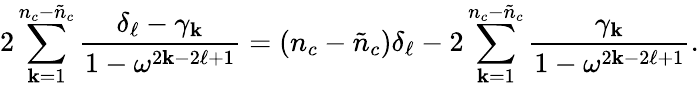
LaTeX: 2\sum_{\mathbf{k}=1}^{n_{c}-\tilde{{n}}_{c}}\frac{{\delta_{\ell}-\gamma_{\mathbf{k}}}}{{1-\omega^{2\mathbf{k}-2\ell+1}}}=(n_{c}-\tilde{{n}}_{c})\delta_{\ell}-2\sum_{\mathbf{k}=1}^{n_{c}-\tilde{{n}}_{c}}\frac{{\gamma_{\mathbf{k}}}}{{1-\omega^{2\mathbf{k}-2\ell+1}}}.